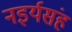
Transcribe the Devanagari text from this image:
नइर्यसंह